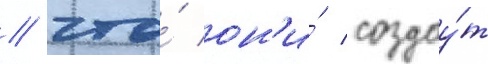
/ что́ он'и́ создау́т